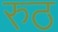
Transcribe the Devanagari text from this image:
रुठ